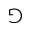
\Game